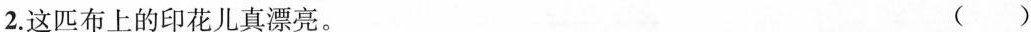
2.这匹布上的印花儿真漂亮。 ()